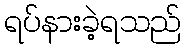
ရပ်နားခဲ့ရသည်